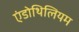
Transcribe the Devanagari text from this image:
एंडोथिलियम